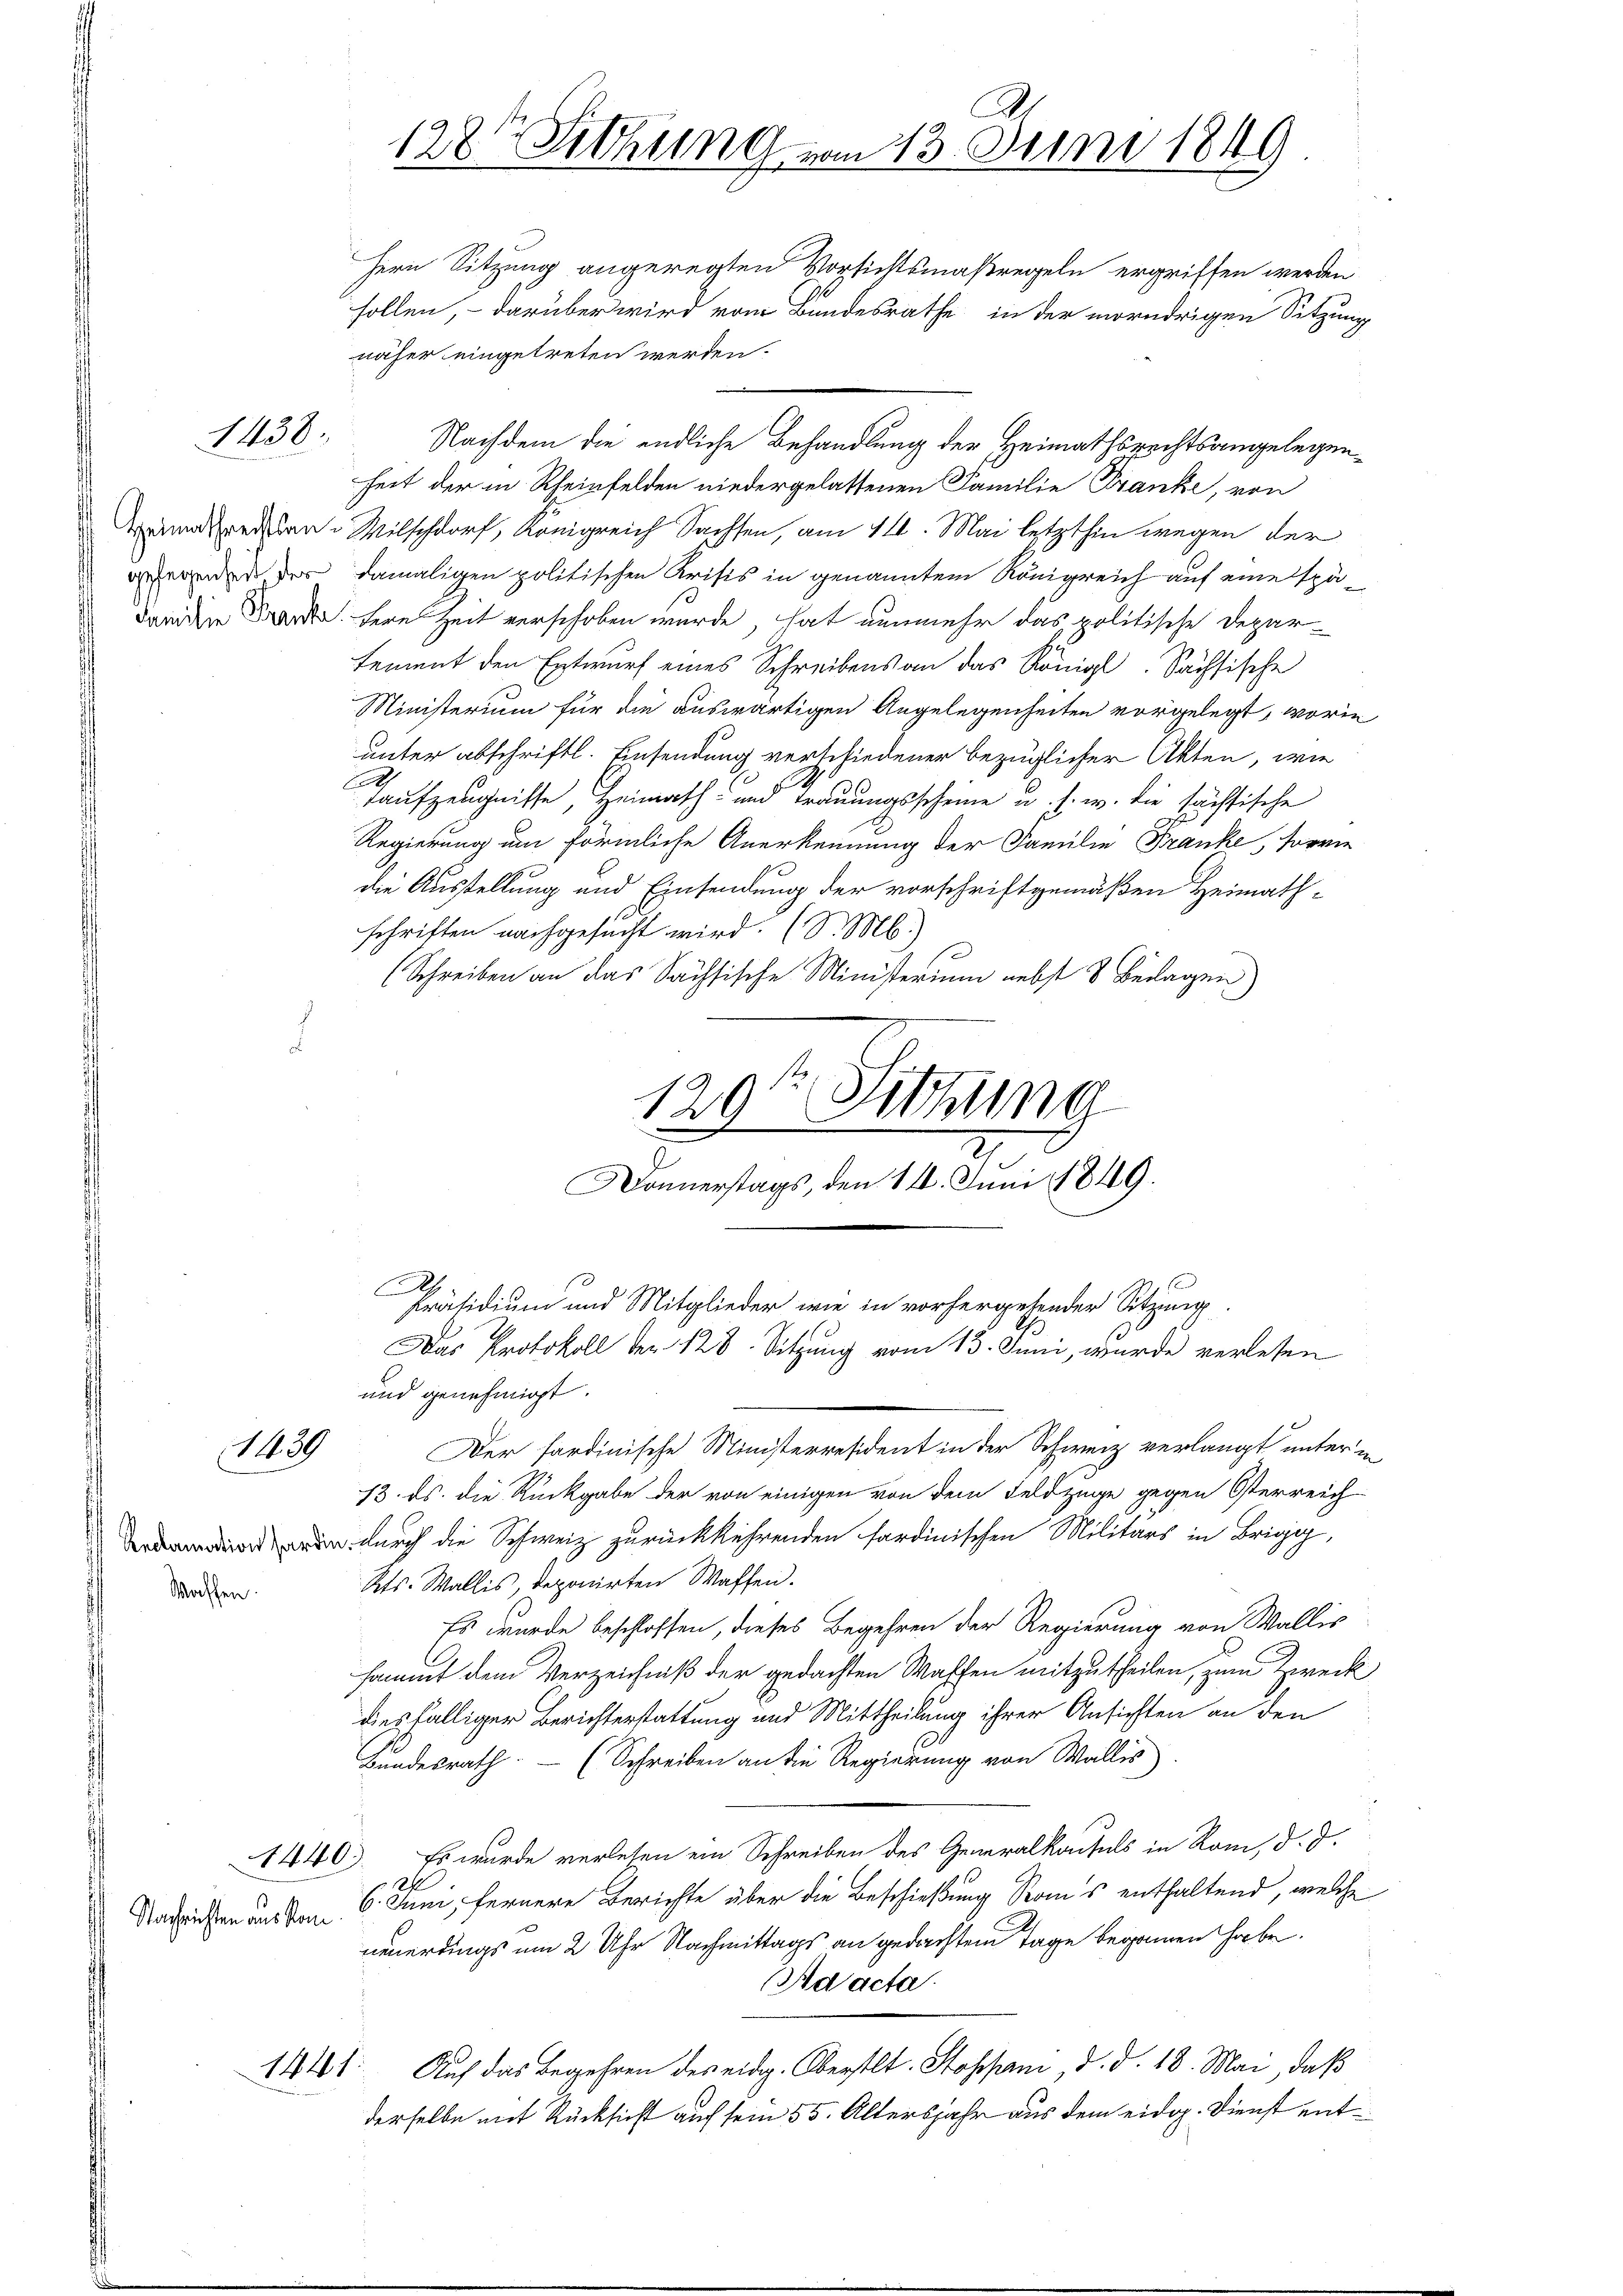
1438.

Waffen.

Nachrichten aus kom

128te Sitzung vom 13. Juni 1849.
Hern Sitzung angeregten Vorsichtsmaßregeln ergriffen werden

sollen, – darüber wird vom Bandesrathe in der morndrigen Sitzung
näher eingetreten werden.
Nachdem die endliche Behandlung der Heimathsrechtsangelegenheit der in Rheinfelden niedergelassenen Familie Franke, von
Anderben. Mitschdorf, Königreich Sachsen, am 14. Mai letzthin wegen der
ferenden der damaligen politischen Krisis in genanntem Königreich auf eine spädanider Brand here Zeit verschoben wurde, hat nunmehr das politische Departement den Entwurf eines Schreibens an das Königl. Sächsische
Ministerium für die auswärtigen Angelegenheiten vorgelegt, worin
unter abschriftl. Einsendung verschiedener bezüglicher Akten, wie
Taufzeugnisse, Heimath- und Trauungsscheine u. s. w. die sachsische
Regierung um förmliche Anerkennung der Familie Franke, sovie
die Ausstellung und Einsendung der vorschriftgemäßen Heimathschriften nachgesucht wird. (S. M.)
(Schreiben an das Sächsische Ministerium nebst 3 Belagen)

120te Sitzung
Donnerstags, den 14. Juni 1849.
Präsidium und Mitglieder wie in vorhergehender Sitzung
Das Protokoll der 128. Sitzung vom 13. Juni, wurde verlesen

A
und genehmigt.
1439 Der sardinische Ministerresident in der Schweiz verlangt unter in
13. ds. die Rückgabe der von einigen von dem Feldzüge gegen Osterreich
n durch die Schweiz zurückkehrenden sardinischen Militärs in Brig,
Kts. Wallis, deponirten Waffen.
Es wurde beschlossen, dieses Begehren der Regierung von Wallis
sammt dem Verzeichniß der gedachten Waffen mitzutheilen, zum Zweck
diesfälliger Berichterstattung und Mittheilung ihrer Ansichten an den
Bundesrath. (Schreiben an die Regierung von Wallis
1440. Es wurde verlesen ein Schreiben des Generalkonsuls in Rom, d. J.
6. Juni, fernere Berichte über die Beschießung Seons enthaltend, welche
neuerdings um 2 Uhr Nachmittags an gedachtem Tage begonnen habe.
Ad acta.
Auf das Begehren des eidg. Oberstl. Stoppan, d. d. 18. Mai, daß
181.
derselbe mit Rücksicht auf sein 55. Altersjahr aus dem eidg. Dienst ent¬